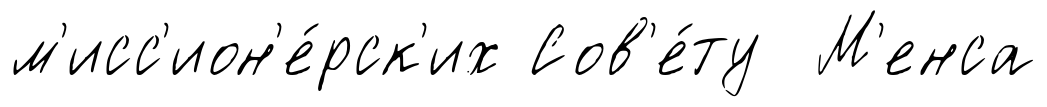
м'исс'ион'е́рск'их Сов'е́ту М'енса